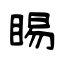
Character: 睗